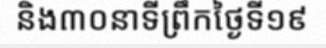
និង៣០នាទីព្រឹកថ្ងៃទី១៩